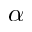
\alpha